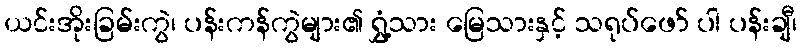
ယင်းအိုးခြမ်းကွဲ၊ ပန်းကန်ကွဲများ၏ ရွှံ့သား မြေသားနှင့် သရုပ်ဖော် ပါ ပန်းချီ၊